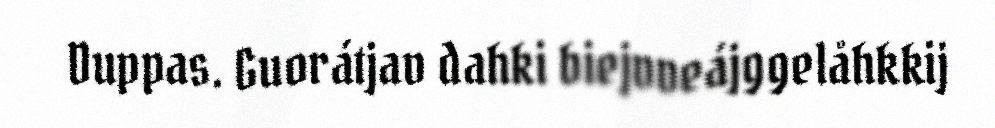
Duppas. Guorátjav dahki biejvveájggelåhkkij